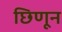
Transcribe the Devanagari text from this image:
छिणून